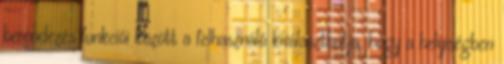
berendezés funkciói között a felhasználó kiválaszthatja, hogy a helyiségben